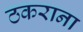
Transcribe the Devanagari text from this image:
ठकराना